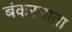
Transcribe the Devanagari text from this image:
बंकरमाता